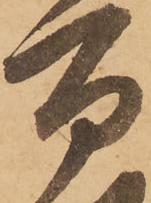
百